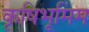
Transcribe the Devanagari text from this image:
कृषिभूमिम